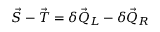
\vec { S } - \vec { T } = \delta \vec { Q } _ { L } - \delta \vec { Q } _ { R }